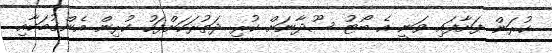
ކުރަން ފަށާފައި ވަނީ އެ ބޯޓު ސޫދާނަށް ކުރި ދަތުރަކަށްފަހު ކުރިން އެންގުމަކާއި